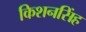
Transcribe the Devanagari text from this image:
किशनसिंह